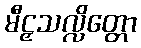
မီဠှသလ္လိတ္တော